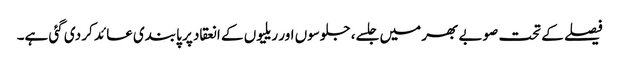
فیصلے کے تحت صوبے بھر میں جلسے، جلوسوں اور ریلیوں کے انعقاد پر پابندی عائد کر دی گئی ہے۔